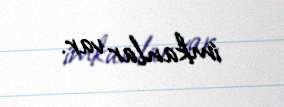
imkanlar var.